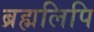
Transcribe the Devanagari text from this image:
ब्रह्मलिपि